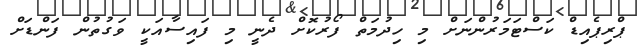
ޕްރިޕެއިޑް ކަސްޓަމަރުންނަށް މި ހިދުމަތް ފޯރުކޮށް ދެނީ މި ފައިސާއަކީ ވަގުތުން ފަންޑަށް